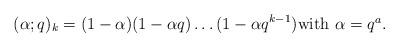
LaTeX: \begin{align*}(\alpha; q)_k = (1-\alpha)(1-\alpha q) \dots (1-\alpha q^{k-1})\mbox{with $\alpha=q^a$}.\end{align*}